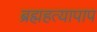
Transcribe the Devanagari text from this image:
ब्रह्महत्यापाप